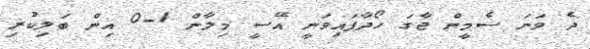
ދެ ވަނަ ސެމީން ޖާގަ ހޯދާފައިވަނީ އޭސީ މިލާން 1-0 އިން ބަލިކުރި